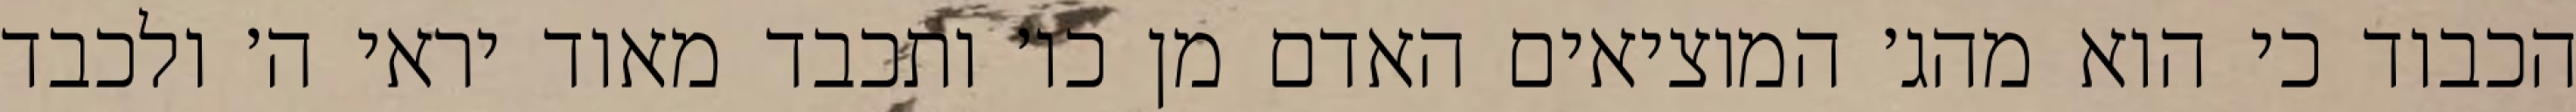
הכבוד כי הוא מהג׳ המוציאים האדם מן כו׳ ותכבד מאוד יראי ה׳ ולכבד